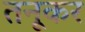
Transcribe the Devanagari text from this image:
तनूकर